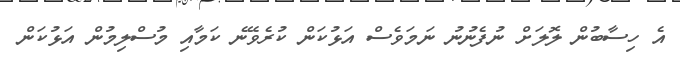
އެ ހިސާބުން ލޮލަށް ނުފެނުނު ނަމަވެސް އަޅުކަން ކުރެވޭނެ ކަމާއި މުސްލިމުން އަޅުކަން